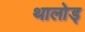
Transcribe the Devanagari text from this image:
थालोड्